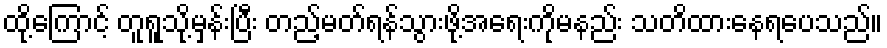
ထို့ကြောင့် တူရူသို့မှန်းပြီး တည့်မတ်ရန်သွားဖို့အရေးကိုမနည်း သတိထားနေရပေသည်။